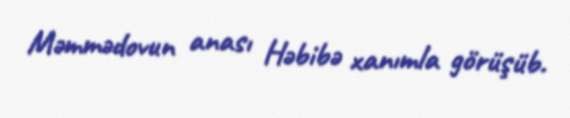
Məmmədovun anası Həbibə xanımla görüşüb.